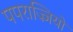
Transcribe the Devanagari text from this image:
पपराज्ज़ियों